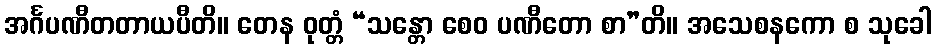
အင်္ဂပဏီတတာယပီတိ။ တေန ဝုတ္တံ “သန္တော စေဝ ပဏီတော စာ”တိ။ အသေစနကော စ သုခေါ